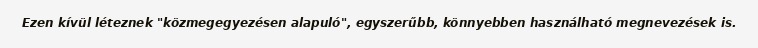
Ezen kívül léteznek "közmegegyezésen alapuló", egyszerűbb, könnyebben használható megnevezések is.